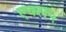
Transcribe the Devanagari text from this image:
एक्स५